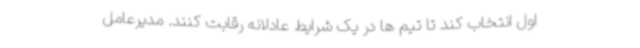
اول انتخاب کند تا تیم ها در یک شرایط عادلانه رقابت کنند. مدیرعامل